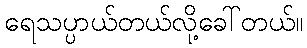
ရေသပ္ပာယ်တယ်လို့ခေါ်တယ်။